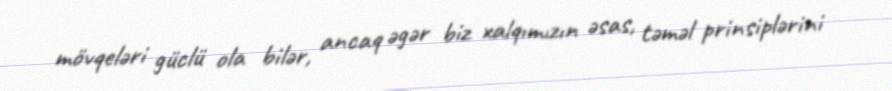
mövqeləri güclü ola bilər, ancaq əgər biz xalqımızın əsas, təməl prinsiplərini